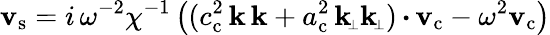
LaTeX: {\mathbf{v}_{\mathrm{s}}}=i\, \omega^{-2}\chi^{-1}\left((c_{\mathrm{c}}^{2}\, \mathbf{k}\, \mathbf{k}+a_{\mathrm{c}}^{2}\, \mathbf{k}_{\scriptscriptstyle\! \perp}\mathbf{k}_{\scriptscriptstyle\! \perp})\, {\boldsymbol{\cdot}}\, {\mathbf{v}_{\mathrm{c}}}-\omega^{2}{\mathbf{v}_{\mathrm{c}}}\right)